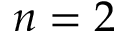
n = 2